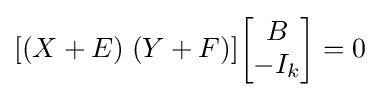
[(X+E)\;(Y+F)]{\begin{bmatrix}B\\-I_{k}\end{bmatrix}}=0